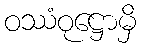
ဝဿံဝုဋ္ဌောမှိ